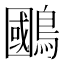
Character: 𫛐